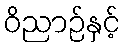
ဝိညာဉ်နှင့်